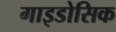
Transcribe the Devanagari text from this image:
गाइडोसिक